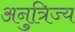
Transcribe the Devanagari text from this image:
अनुत्रिज्य